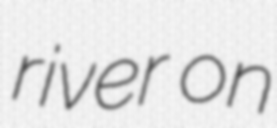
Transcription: river on